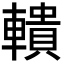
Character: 𨎨